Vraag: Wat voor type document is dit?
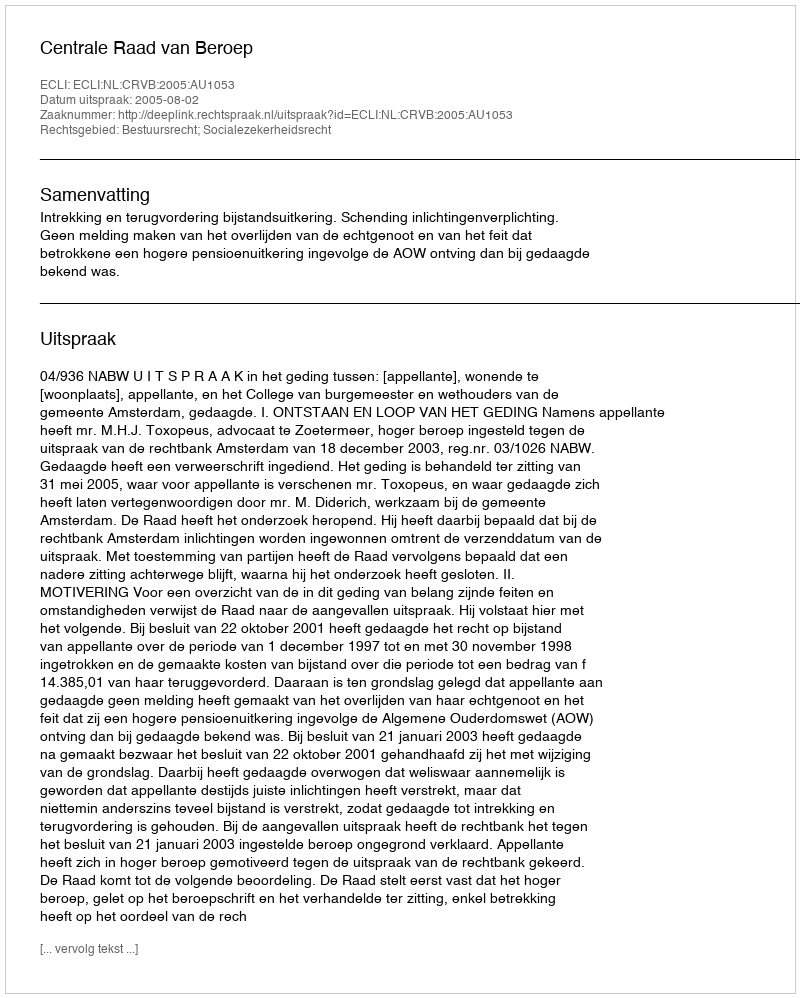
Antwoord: Uitspraak